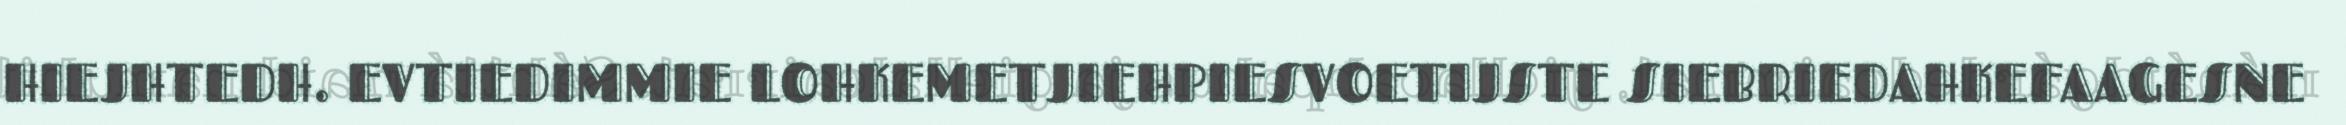
HIEJHTEDH. EVTIEDIMMIE LOHKEMETJIEHPIESVOETIJSTE SIEBRIEDAHKEFAAGESNE